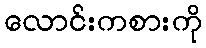
လောင်းကစားကို